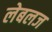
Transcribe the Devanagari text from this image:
लेबलज